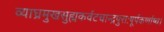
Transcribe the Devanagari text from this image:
व्याघ्रमुखसुह्मकर्वटचान्द्रपुराःषूर्पकर्णाष्च।